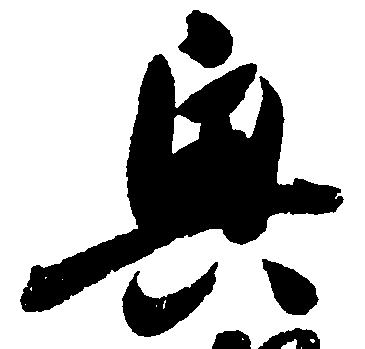
興